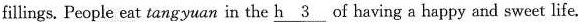
fillings. People eat tangyuan in the \underline{h3} of having a happy and sweet life.